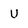
Character: U